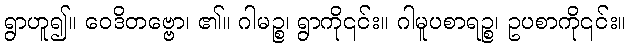
ရွာဟူ၍။ ဝေဒိတဗ္ဗော၊ ၏။ ဂါမဉ္စ၊ ရွာကို၎င်း။ ဂါမူပစာရဉ္စ၊ ဥပစာကို၎င်း။